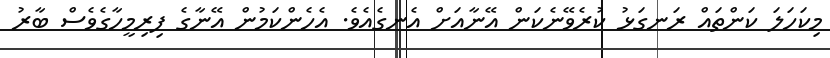
މިކަހަލަ ކަންތައް ރަނގަޅު ކުރެވޭނެކަން އޭނާއަށް އެނގެއެވެ. އެހެންކަމުން އޭނާގެ ފިރިމީހާގެވެސް ބާރު